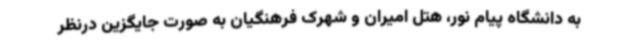
به دانشگاه پیام نور، هتل امیران و شهرک فرهنگیان به صورت جایگزین درنظر